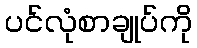
ပင်လုံစာချုပ်ကို